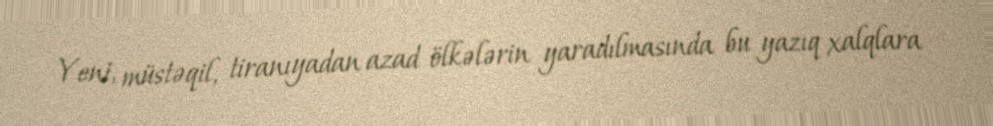
Yeni, müstəqil, tiranıyadan azad ölkələrin yaradılmasında bu yazıq xalqlara